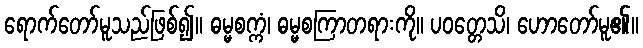
ရောက်တော်မူသည်ဖြစ်၍။ ဓမ္မစက္ကံ၊ ဓမ္မစကြာတရားကို။ ပဝတ္တေသိ၊ ဟောတော်မူ၏။